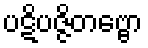
ပဋိပဇ္ဇိတဗ္ဗော